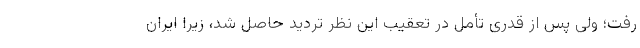
رفت؛ ولى پس از قدرى تأمّل در تعقیب این نظر تردید حاصل شد، زیرا ایران